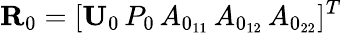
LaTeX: {\mathbf R}_{0}=[{\mathbf U}_{0}\, P_{0}\, A_{0_{11}}\, A_{0_{12}}\, A_{0_{22}}]^{T}